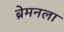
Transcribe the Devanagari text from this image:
ब्रेमनला